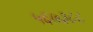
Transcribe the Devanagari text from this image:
५६७३८८